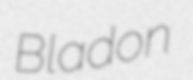
Bladon